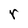
Character: r